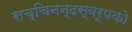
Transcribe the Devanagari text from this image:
सच्चिनन्दस्वरूपको